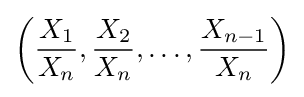
\left({\frac {X_{1}}{X_{n}}},{\frac {X_{2}}{X_{n}}},\dots ,{\frac {X_{n-1}}{X_{n}}}\right)